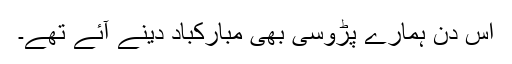
اس دن ہمارے پڑوسی بھی مبارکباد دینے آئے تھے۔